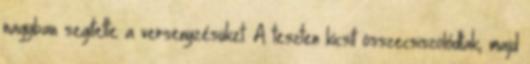
nagyban segítette a versenyzésüket. A teszten kicsit összecsiszolódtak, majd